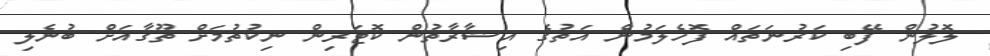
ލޮލުން ފޭބި ކަރުނަތައް ފޮހެލަމުން އަތުގެ އިޝާރާތުން ކޮޓަރިން ނިކުތުމަށް ތޫގާއަށް ބުނެލި